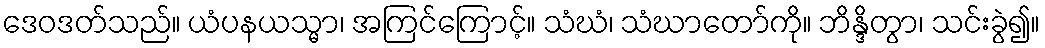
ဒေဝဒတ်သည်။ ယံပနယသ္မာ၊ အကြင်ကြောင့်။ သံဃံ၊ သံဃာတော်ကို။ ဘိန္ဒိတွာ၊ သင်းခွဲ၍။